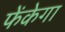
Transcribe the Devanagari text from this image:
फेंकेगा